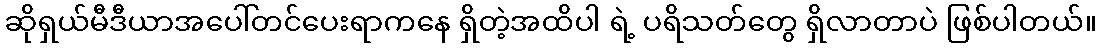
ဆိုရှယ်မီဒီယာအပေါ်တင်ပေးရာကနေ ရှိတဲ့အထိပါ ရဲ့ ပရိသတ်တွေ ရှိလာတာပဲ ဖြစ်ပါတယ်။